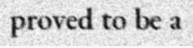
proved to be a